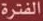
الفترة